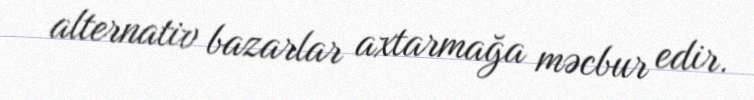
alternativ bazarlar axtarmağa məcbur edir.